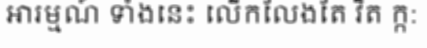
ឤរម្មណ៍ ទាំងនេះ លើកលែងតែ វិត ក្ក: